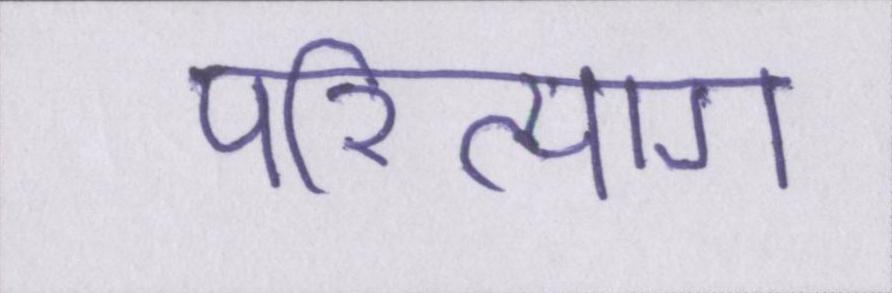
परित्याग